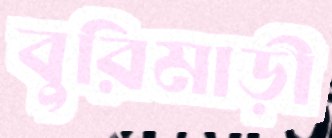
বুরিমাড়ী